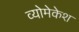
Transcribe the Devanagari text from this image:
व्योमेकेश